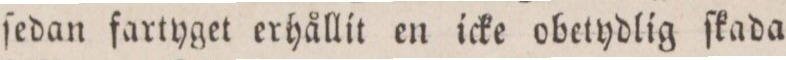
ſedan fartyget erhållit en icke obetydlig ſkada